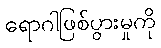
ရောဂါဖြစ်ပွားမှုကို